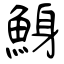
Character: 鯓